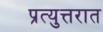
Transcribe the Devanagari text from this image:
प्रत्युत्तरात